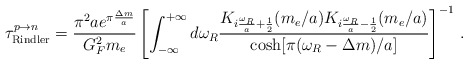
\begin{align*}{\tau}^{p \to n}_{\rm Rindler} = \frac{\pi^2 a e^{\pi \frac{\Delta m}{a}}}{G_F^2 m_e} \left[ \int_{-\infty}^{+\infty} d {\omega_R} \frac{ K_{i \frac{{\omega_R}}{a} + \frac{1}{2}} ( m_e/a) K_{i \frac{{\omega_R}}{a} - \frac{1}{2}} ( m_e/a) } {\cosh[\pi ({\omega_R} -{\Delta m})/a ] } \right]^{-1} \, . \end{align*}